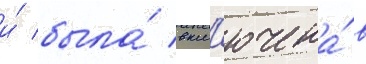
и́ была́ вкл'ючена́ в